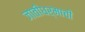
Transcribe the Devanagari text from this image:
जातीधर्माची